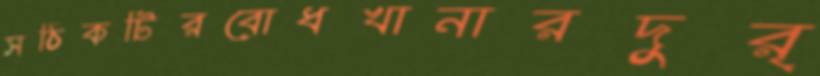
সঠিকটিরবোধখানারদুর্